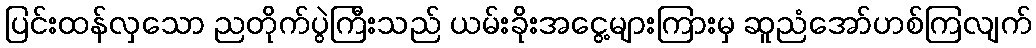
ပြင်းထန်လှသော ညတိုက်ပွဲကြီးသည် ယမ်းခိုးအငွေ့များကြားမှ ဆူညံအော်ဟစ်ကြလျက်